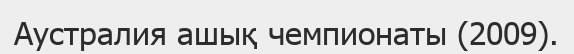
Аустралия ашық чемпионаты (2009).